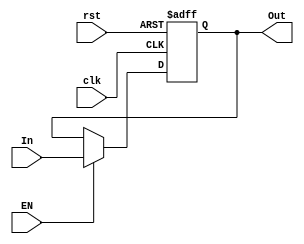
`timescale 1ns / 1ps
//////////////////////////////////////////////////////////////////////////////////
// Company: 
// Engineer: 
// 
// Design Name: 
// Module Name:    Reg_n 
// Project Name: 
// Target Devices: 
// Tool versions: 
// Description: 
//
// Dependencies: 
//
// Revision: 
// Revision 0.01 - File Created
// Additional Comments: 
//
//////////////////////////////////////////////////////////////////////////////////
module Reg_n# (parameter size=19)
	(
		input wire [size-1:0] In,
		input wire rst, clk, EN,
		output wire [size-1:0] Out
    );

reg [size-1:0] Reg;

//initial begin Reg={size{1'b0}}; end

//BODY
always @(posedge clk or posedge rst)
begin
	if (rst) begin     //si se activa el rst todas las entradas se inicializan
		Reg <= {size{1'b0}};
	end
	else if (EN) begin    //sino el enable de la maquina de estados activa la lectura de          //las diferentes entradas
		Reg <= In;
	end
end

assign Out=Reg;

endmodule